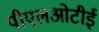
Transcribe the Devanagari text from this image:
पीएलओटीई